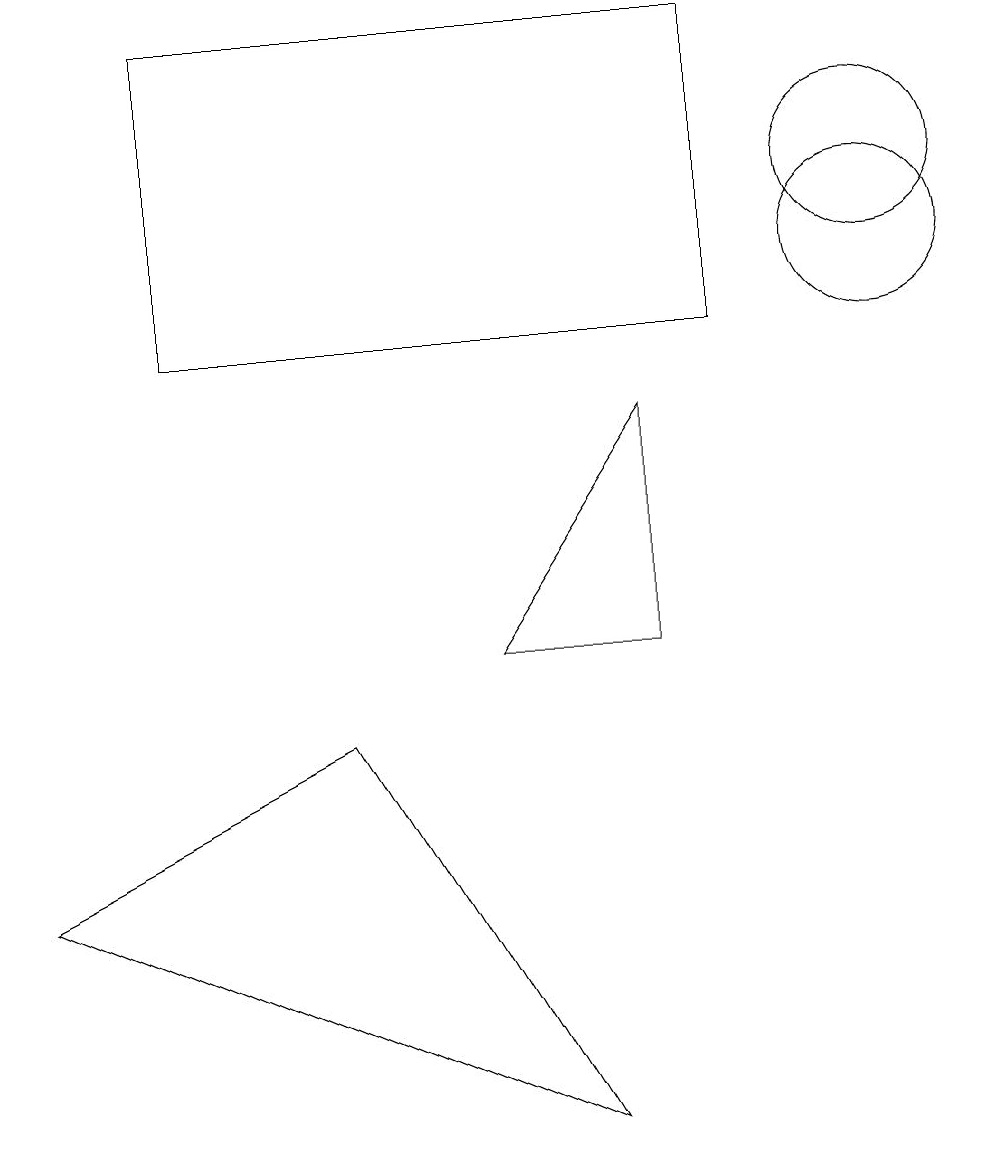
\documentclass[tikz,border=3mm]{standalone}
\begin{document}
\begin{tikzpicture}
\draw (8,6) -- (6,6) -- (8,9) -- cycle;
\draw (11,11) circle (1);
\draw (9,10) rectangle (2,14);
\draw (11,12) circle (1);
\draw (7,0) -- (0,3) -- (4,5) -- cycle;
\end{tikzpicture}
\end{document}